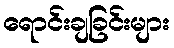
ရောင်းချခြင်းများ